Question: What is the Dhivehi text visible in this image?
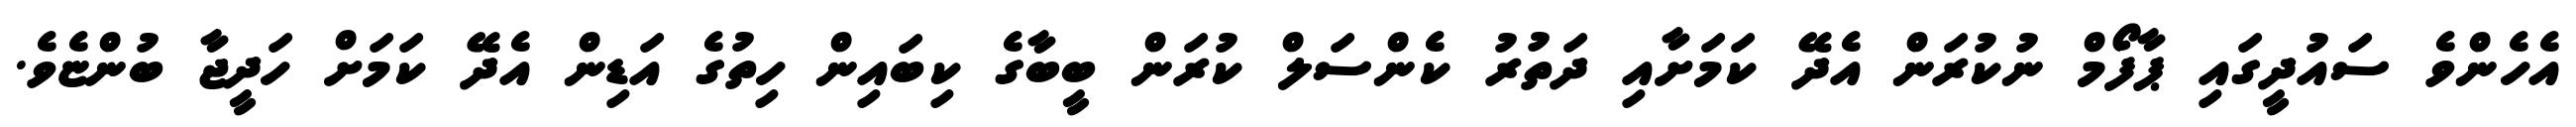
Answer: އެހެންވެ ސައުދީގައި ޕާފޯމް ނުކުރަން އެދޭ ކަމަށާއި ދަތުރު ކެންސަލް ކުރަން ބީބާގެ ކިބައިން ހިތުގެ އަޑިން އެދޭ ކަމަށް ހަދީޖާ ބުންޏެވެ.